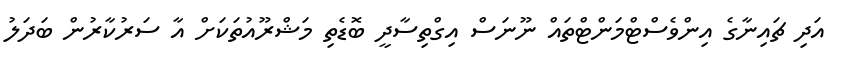
އަދި ޗައިނާގެ އިންވެސްޓްމަންޓްތައް ނޫނަސް އިގްތިސާދީ ބޮޑެތި މަޝްރޫއުތަކަށް އާ ސަރުކާރުން ބަދަލު